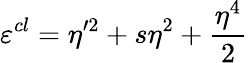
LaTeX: \varepsilon^{cl}=\eta^{\prime 2}+s\eta^{2}+\frac{\eta^{4}}{2}